Annual report on the lock hospitals of the Madras Presidency
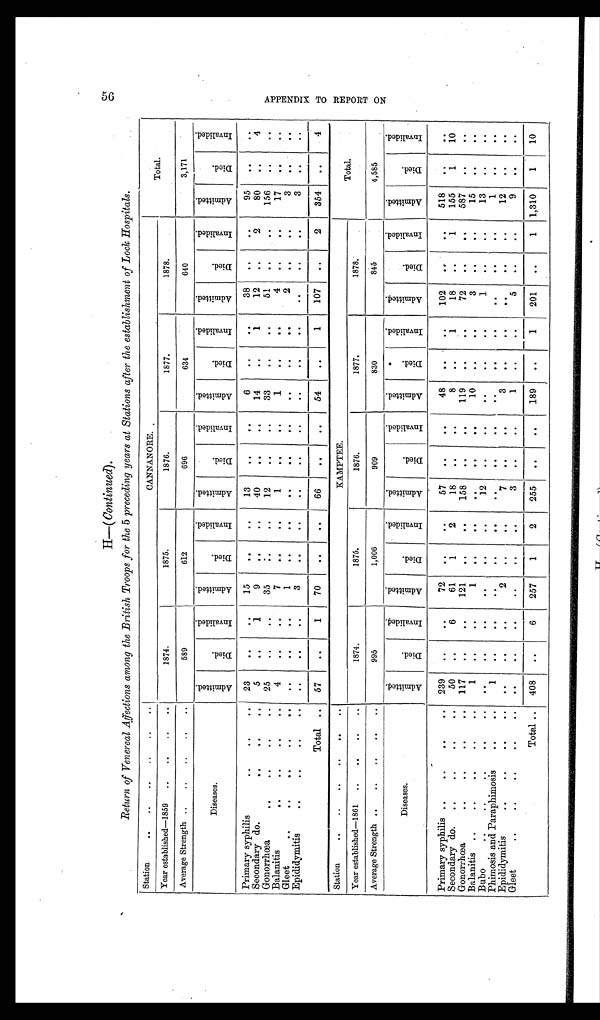
50
A P P E N D I X T O R E P O R T O N
H—( Continued).
Return of Venereal Affections among the British Troops for the 5 preceding years at Stations after the establishment of Lock Hospitals.
Station...
..
..
..
. .
C A N N A N O R E .
Total.
Year established—1859
..
..
..
..
1874.
1875.
1876.
1877.
1878.
Average Strength ..
..
..
..
..
589
612
696
634
640
3,171
Diseases.
A d m i t t e d
D i e d .
I n v a l i d e d .
A d m i t t e d
D i e d .
I n v a l i d e d .
A d m i t t e d
D i e d .
I n v a l i d e d .
A d m i t t e d
D i e d .
I n v a l i d e d .
A d m i t t e d
D i e d .
I n v a l i d e d .
A d m i t t e d
D i e d .
I n v a l i d e d .
Primary syphilis
..
..
..
23
..
..
15
. .
..
13
. .
. .
6
. .
. .
38
..
. .
95
. .
. .
Secondary do.
..
..
..
5
. .
1
9
. .
..
40
. .
..
14
. .
1
12
..
2
80
..
4
Gonorrhœa
..
..
..
..
25
..
. .
35
. .
. .
12
. .
. .
33
. .
. .
51
..
156
. .
. .
Balanitis
..
..
..
..
4
..
. .
7
. . ..
1
. .
. .
1
. .
. .
4
. .
. .
17
..
..
Gleet
..
..
..
..
..
. .
..
..
1
. .
. .
. .
. .
. .
. .
. .
..
2
. .
. .
3
. .
. .
Epididymitis
..
..
..
..
. .
. .
. .
3
. .
. .
. .
. .
. .
. .
. .
. .
. .
. .
. .
3
. .
. .
Total ..
57
. .
1
70
. .
. .
66
. .
. .
54
. .
1
107
. .
2
354
. .
4
Station
..
..
..
..
..
..
KAMPTEE.
Total.
Year established—1861
..
..
..
. .
1874.
1875.
1876.
1877.
1878.
Average Strength ..
..
..
..
..
995
1,006
909
830
845
4,585
Diseases.
A d m i t t e d .
D i e d .
I n v a l i d e d .
A d m i t t e d .
D i e d .
I n v a l i d e d .
A d m i t t e d .
D i e d .
Invalided.Admitted.
D i e d .
I n v a l i d e d .
A d m i t t e d .
D i e d .
I n v a l i d e d .
A d m i t t e d .
D i e d .
I n v a l i d e d .
Primary syphilis ..
..
..
..
Secondary do. .. .. ..
239
50
. .
. .
. .
6
72
61
. .
1
. .
2
57
18
..
. .
. . . .
48
8
. .
. .
. .
1
102
18
. . . .
. .
1
518
155
. .
1
. .
10
Gonorrhœa
..
..
..
..
117
. .
. .
121
. .
. .
158
. .
..
119
. .
. .
72
. .
..
587
. .
..
Balanitis
..
..
..
..
..
1
. .
. .
1
. .
..
. .
..
. .
10
. .
. .
3
. .
..
15
. .
. .
B ubo
..
..
..
.. ..
. .
. .
. .
. .
. .
. .
12
. .
. .
..
..
. .
1
. .
..
13
..
..
Phimosis and Paraphimosis
..
..
1
. .
. .
. .
. .
..
. .
. .
..
. .
. .
. .
. .
. .
..
1
..
. .
Epididymitis
..
..
..
..
..
..
2
..
. .
7
. .
..
3
. .
..
. .
. .
..
12
. .
. .
Gleet
..
.. ..
..
. .
. .
. .
. .
. .
. .
3
. .
. .
1
..
. .
5
..
. .
9
..
. .
Total ..
408
. .
6
257
1
2
255
. .
.
.
189
. .
1
201 ..
1 1,310
1
10